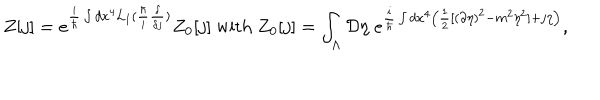
LaTeX: Z [ j ] = e ^ { \frac { i } { \hbar } \int d x ^ { 4 } { \cal { L } } _ { I } ( \frac { \hbar } { i } \frac { \delta } { \delta j } ) } Z _ { 0 } [ j ] \textrm { w i t h } Z _ { 0 } [ j ] = \int _ { \Lambda } { \cal { D } } \eta \; e ^ { \frac { i } { \hbar } \int d x ^ { 4 } \left( \frac { 1 } { 2 } [ ( \partial \eta ) ^ { 2 } - m ^ { 2 } \eta ^ { 2 } ] + j \eta \right) } ,